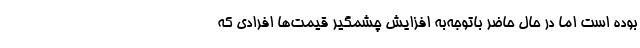
بوده است اما در حال حاضر باتوجه‌به افزایش چشمگیر قیمت‌ها افرادی که